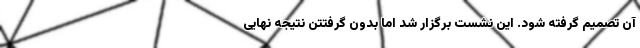
آن تصمیم گرفته شود. این نشست برگزار شد اما بدون گرفتتن نتیجه نهایی